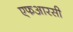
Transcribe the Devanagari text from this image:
एफआरसी